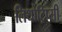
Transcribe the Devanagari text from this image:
लिथोट्रिप्सी